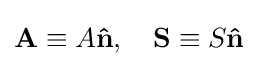
\mathbf {A} \equiv A\mathbf {\hat {n}} ,\quad \mathbf {S} \equiv S\mathbf {\hat {n}}